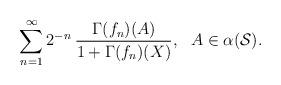
LaTeX: \begin{align*}\sum_{n=1}^\infty 2^{-n}\:\frac{\Gamma(f_n)(A)}{1+\Gamma(f_n)(X)},\ \ A\in \alpha(\mathcal{S}).\end{align*}